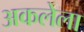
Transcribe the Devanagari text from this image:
अकलेला